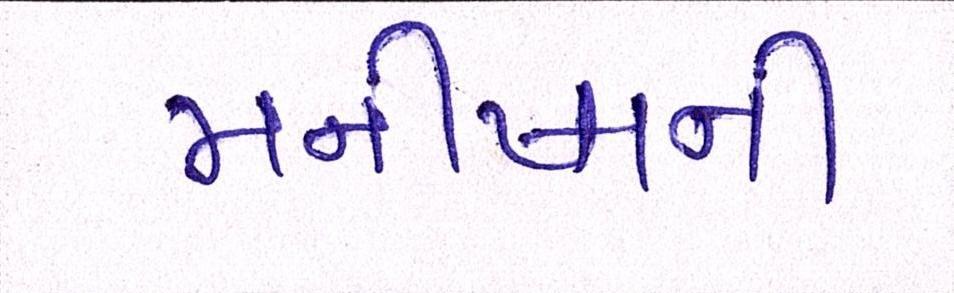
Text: મનીષાની